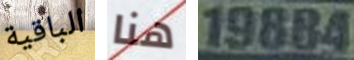
الباقية هنا 19884